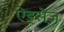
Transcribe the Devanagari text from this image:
ऐड्रसेज़